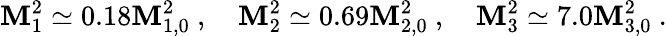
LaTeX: \mathbf{M}_{1}^{2}\simeq0.18\mathbf{M}_{1,0}^{2}~,\quad\mathbf{M}_{2}^{2}\simeq0.69\mathbf{M}_{2,0}^{2}~,\quad\mathbf{M}_{3}^{2}\simeq7.0\mathbf{M}_{3,0}^{2}~.